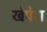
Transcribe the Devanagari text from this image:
खेपेरा